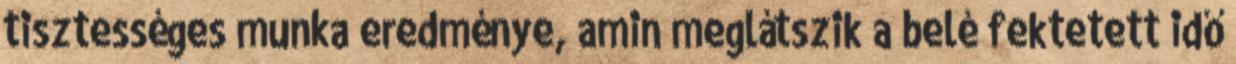
tisztességes munka eredménye, amin meglátszik a belé fektetett idő